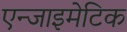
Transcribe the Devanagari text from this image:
एन्जाइमेटिक